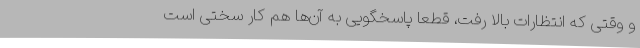
و وقتی که انتظارات بالا رفت، قطعاً پاسخگویی به آن‌ها هم کار سختی است